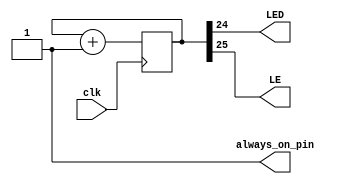
module blink (
    input wire clk, 
    output wire LED, 
    output wire LE,
    output wire always_on_pin
);

reg [31:0] cnt;

initial begin
    cnt <= 32'h00000000; 
end

always @(posedge clk) begin
    cnt <= cnt + 1; 
end

assign LED = cnt[24];
assign LE = cnt[25];
assign always_on_pin = 1'b1; // Always set to high

endmodule